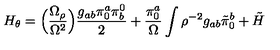
H _ { \theta } = \Bigl ( { \frac { \Omega _ { \rho } } { \Omega ^ { 2 } } } \Bigr ) { \frac { g _ { a b } \pi _ { 0 } ^ { a } \pi _ { b } ^ { 0 } } { 2 } } + { \frac { \pi _ { 0 } ^ { a } } { \Omega } } \int \rho ^ { - 2 } g _ { a b } \tilde { \pi } _ { 0 } ^ { b } + \tilde { H }